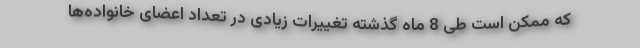
که ممکن است طی 8 ماه گذشته تغییرات زیادی در تعداد اعضای خانواده‌ها